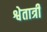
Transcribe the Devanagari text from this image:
श्वेतात्री